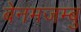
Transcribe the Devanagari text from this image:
बेनमजम्बु